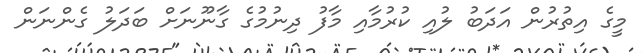
މީގެ އިތުރުން އަދަބު ލުއި ކުރުމާއި މާފު ދިނުމުގެ ގާނޫނަށް ބަދަލު ގެންނަން